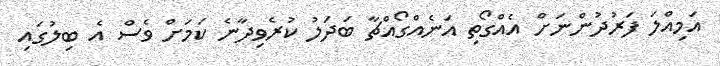
އަމިއްލަ ފަރުދުންނަށް އެއްގޯތި އަނެއްގޯއްޗާ ބަދަލު ކުރެވިދާނެ ކަމަށް ވެސް އެ ބިލުގައި